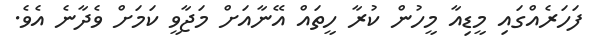
ފަހަރެއްގައި މީޑިއާ މީހުން ކުރާ ހީތައް އޭނާއަށް މަޖާވީ ކަމަށް ވެދާނެ އެވެ.